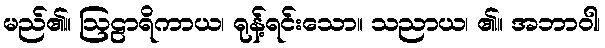
မည်၏။ ဩဠာရိကာယ၊ ရုန့်ရင်းသော။ သညာယ၊ ၏။ အဘာဝါ၊